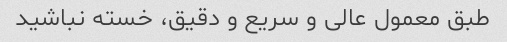
طبق معمول عالی و سریع و دقیق، خسته نباشید